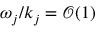
\omega _ { j } / k _ { j } = \mathcal { O } ( 1 )